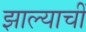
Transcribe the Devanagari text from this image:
झाल्याचीं